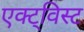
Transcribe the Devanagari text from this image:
एक्ट्विस्ट